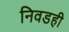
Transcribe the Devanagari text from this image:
निवडही